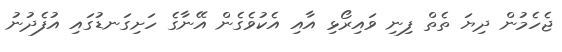
ޖެހެމުން ދިޔަ ތެތް ފިނި ވައިރޯޅި އާއި އެކުވެގެން އޭނާގެ ހަށިގަނޑުގައި އުފެދުނު